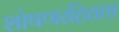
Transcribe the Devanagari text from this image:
शोषणरहितता